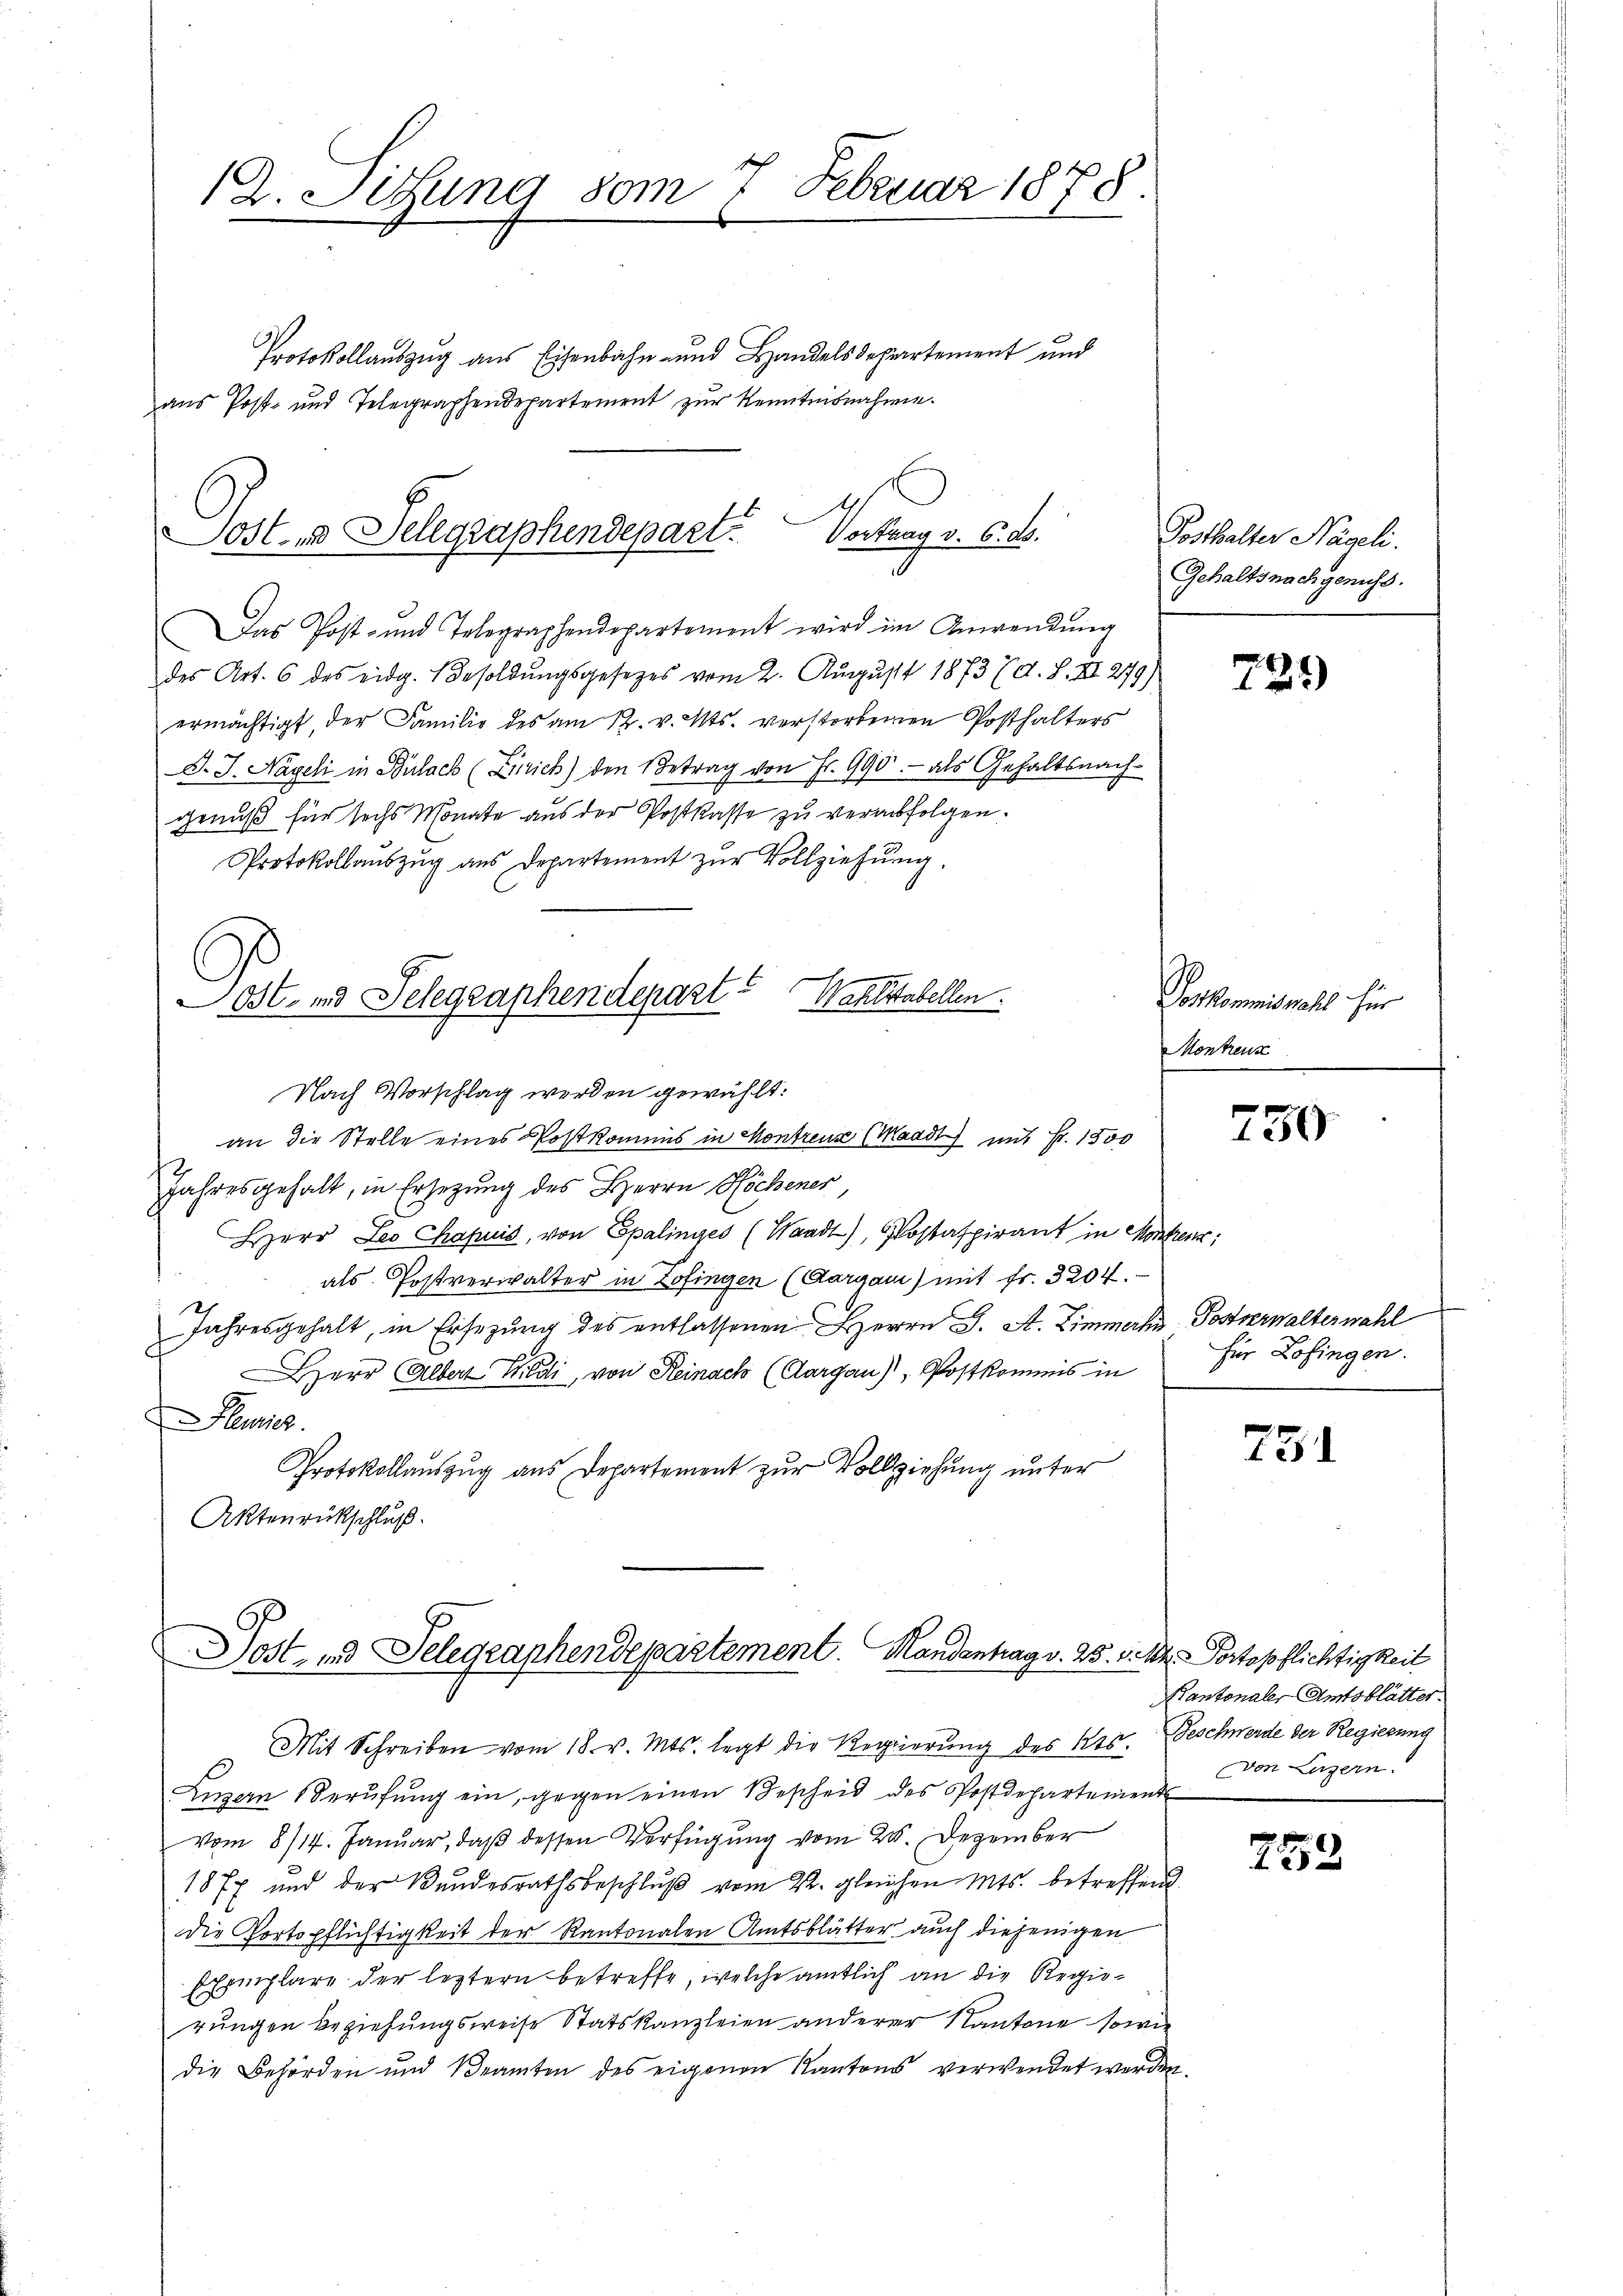
12. Sitzung vom 7. Februar 1878.

Protokollauszug aus Eisenbahn- und Handelsdepartement und
aus Post- und Telegraphendepartement zur Kenntnisnahme.

Lost- und Sellgraphendepart. Vortrag v. 6. ds.

Das Post- und Telegraphendepartement wird im Anwendŭng
des Art. 6 des eidg. Besoldungsgesetzes vom 2. August 1873 (d. S. XII 279)
ermächtigt, der Familie des am 12. v. Mts. verstorbenen Posthalters
D. J. Nägeli in Bülach (Linrich) den Betrag von Fr. 990. - als Gehaltsnach-
genuß für sechs Monate aus der Postkasse zu verabfolgen.
Protokollaŭszŭg ans Departement zŭr Vollziehŭng.
Wahlstabellen.
Lost- und Telegraphendepart

Nach Vorschlag werden gewählt:
an die Stelle eines Postkommis in Montreuse (Waadt) mit Fr. 1500

Jahresgehalt, in Ersezung des Herrn Höchener,
Herr Leo Chapuis, von Epalinges (Waadt, Postaspirant in Monten:
als Postverwalter in Zofingen (Aargau) mit Fr. 3204.
Jahresgehalt, in Ersezung des entlassenen Herrn J. A. Zimmerhi Postverwalterwahl
Herr Albert Wildi, von Reinach (Aargau), Postkommis in
licz
Protokollauszug aus Departement zur Vollziehung unter
Aktenrückschluß.

Dost, ad Selegraphendepartement. Handentrag v. 25. v. Mt. Portopflichtigkeit

Posthalter Nägeli.
Gehaltsnachgenuss.

729

Vorkommiswahl für
Morkenn

Mit Schreiben vom 18. v. Mts. legt die Regierung des Kts. Geschwerde der Regierung
Linzern Berufung ein, gegen einen Bescheid des Postdepartement
vom 8/14. Januar, daß dessen Verfügung vom 25. Dezember
1877 und der Bundesrathsbeschlŭβ vom 22. gleichen Mts. betreffend
die Portspflichtigkeit der Kantonalen Amtsblätter auch diejenigen
Exemplare der leztern betreffe, welche amtlich an die Regierungen beziehungsweise Statskanzleien anderer Kantone sowie
die Behörden und Beamten des eigenen Kantons verwendet werden.

750.

für Zofingen.

731

Kantonaler Amtsblätter
von Luzern.

752